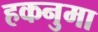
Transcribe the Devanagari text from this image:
हकनुमा